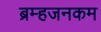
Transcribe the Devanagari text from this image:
ब्रम्हजनकम